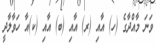
ވަނަ މާއްދާގެ (ހ) އާއި (ރ) އާއި (ބ) އާއި (ކ)އާ ހަވާލާދީ